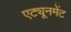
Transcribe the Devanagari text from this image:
एट्यूनमेंट